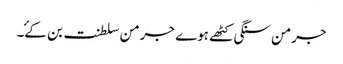
جرمن سنگی کٹھے ہوے جرمن سلطنت بن کۓ۔